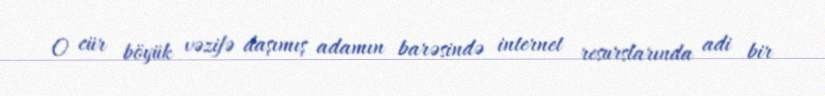
O cür böyük vəzifə daşımış adamın barəsində internet resurslarında adi bir